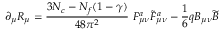
\partial _ { \mu } R _ { \mu } = \frac { 3 N _ { c } - N _ { f } ( 1 - \gamma ) } { 4 8 \pi ^ { 2 } } ~ F _ { \mu \nu } ^ { a } \widetilde { F } _ { \mu \nu } ^ { a } - \frac { 1 } { 6 } q B _ { \mu \nu } \widetilde { B }